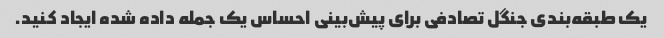
یک طبقه‌بندی جنگل تصادفی برای پیش‌بینی احساس یک جمله داده شده ایجاد کنید.